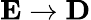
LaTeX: {\mathbf E}\rightarrow{\mathbf D}